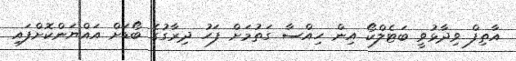
އާތިފް ވިދާޅުވީ ބަޓެލްކޯ އިން ހިއްސާ ގަތުމަށް ފަހު ދިރާގުގެ ބޯޑަށް އައްޔަންކޮށްފައި